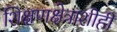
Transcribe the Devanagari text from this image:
शिक्षणक्षेत्राशीही